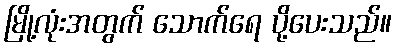
မြို့လုံးအတွက် သောက်ရေ ပို့ပေးသည်။